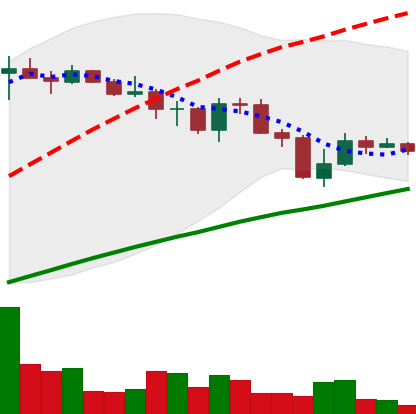
Ticker: LINK-USD
Chart end date: 2019-07-21
Forward return: -5.756%
Label: down_5_7